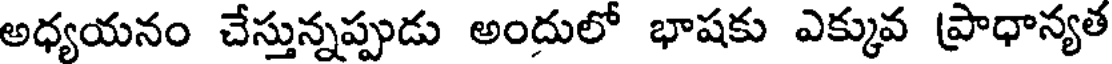
అధ్యయనం చేస్తున్నప్పుడు అందులో భాషకు ఎక్కువ ప్రాధాన్యత